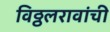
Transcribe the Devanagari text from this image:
विठ्ठलरावांची